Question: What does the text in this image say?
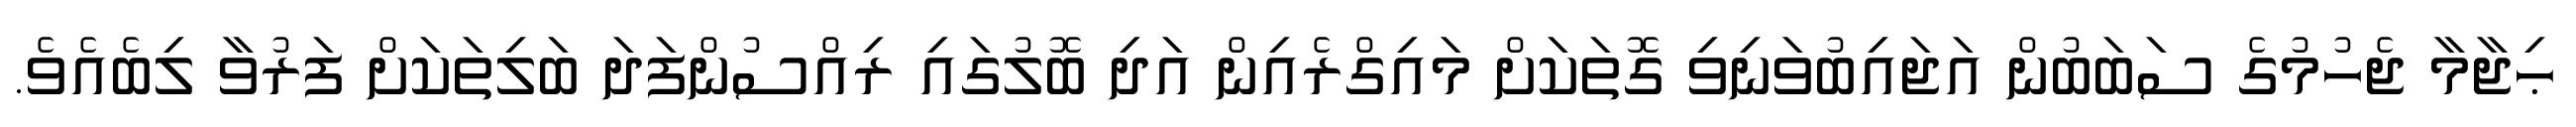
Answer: ޙިޖާމާ ޖެހުމުގެ ސަބަބުން އަޖައިބުވަނިވި ގޮތަކަށް މައިގްރެއިން އަދި ބޮލުގައި ރިއްސުންފަދަ ބަލިތަކަށް ފަރުވާ ލިބެއެވެ.